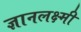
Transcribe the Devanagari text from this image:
ज्ञानलक्ष्मी